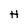
Character: H